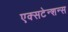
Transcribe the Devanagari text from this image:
एक्सटेन्शन्स